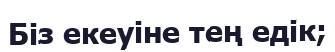
Біз екеуіне тең едік;